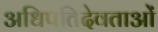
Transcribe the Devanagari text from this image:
अधिपतिदेवताओं